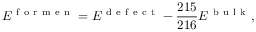
E ^ { \mathrm { ~ f ~ o ~ r ~ m ~ e ~ n ~ } } = E ^ { \mathrm { ~ d ~ e ~ f ~ e ~ c ~ t ~ } } - \frac { 2 1 5 } { 2 1 6 } E ^ { \mathrm { ~ b ~ u ~ l ~ k ~ } } ,